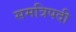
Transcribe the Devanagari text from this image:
समत्रिपदी